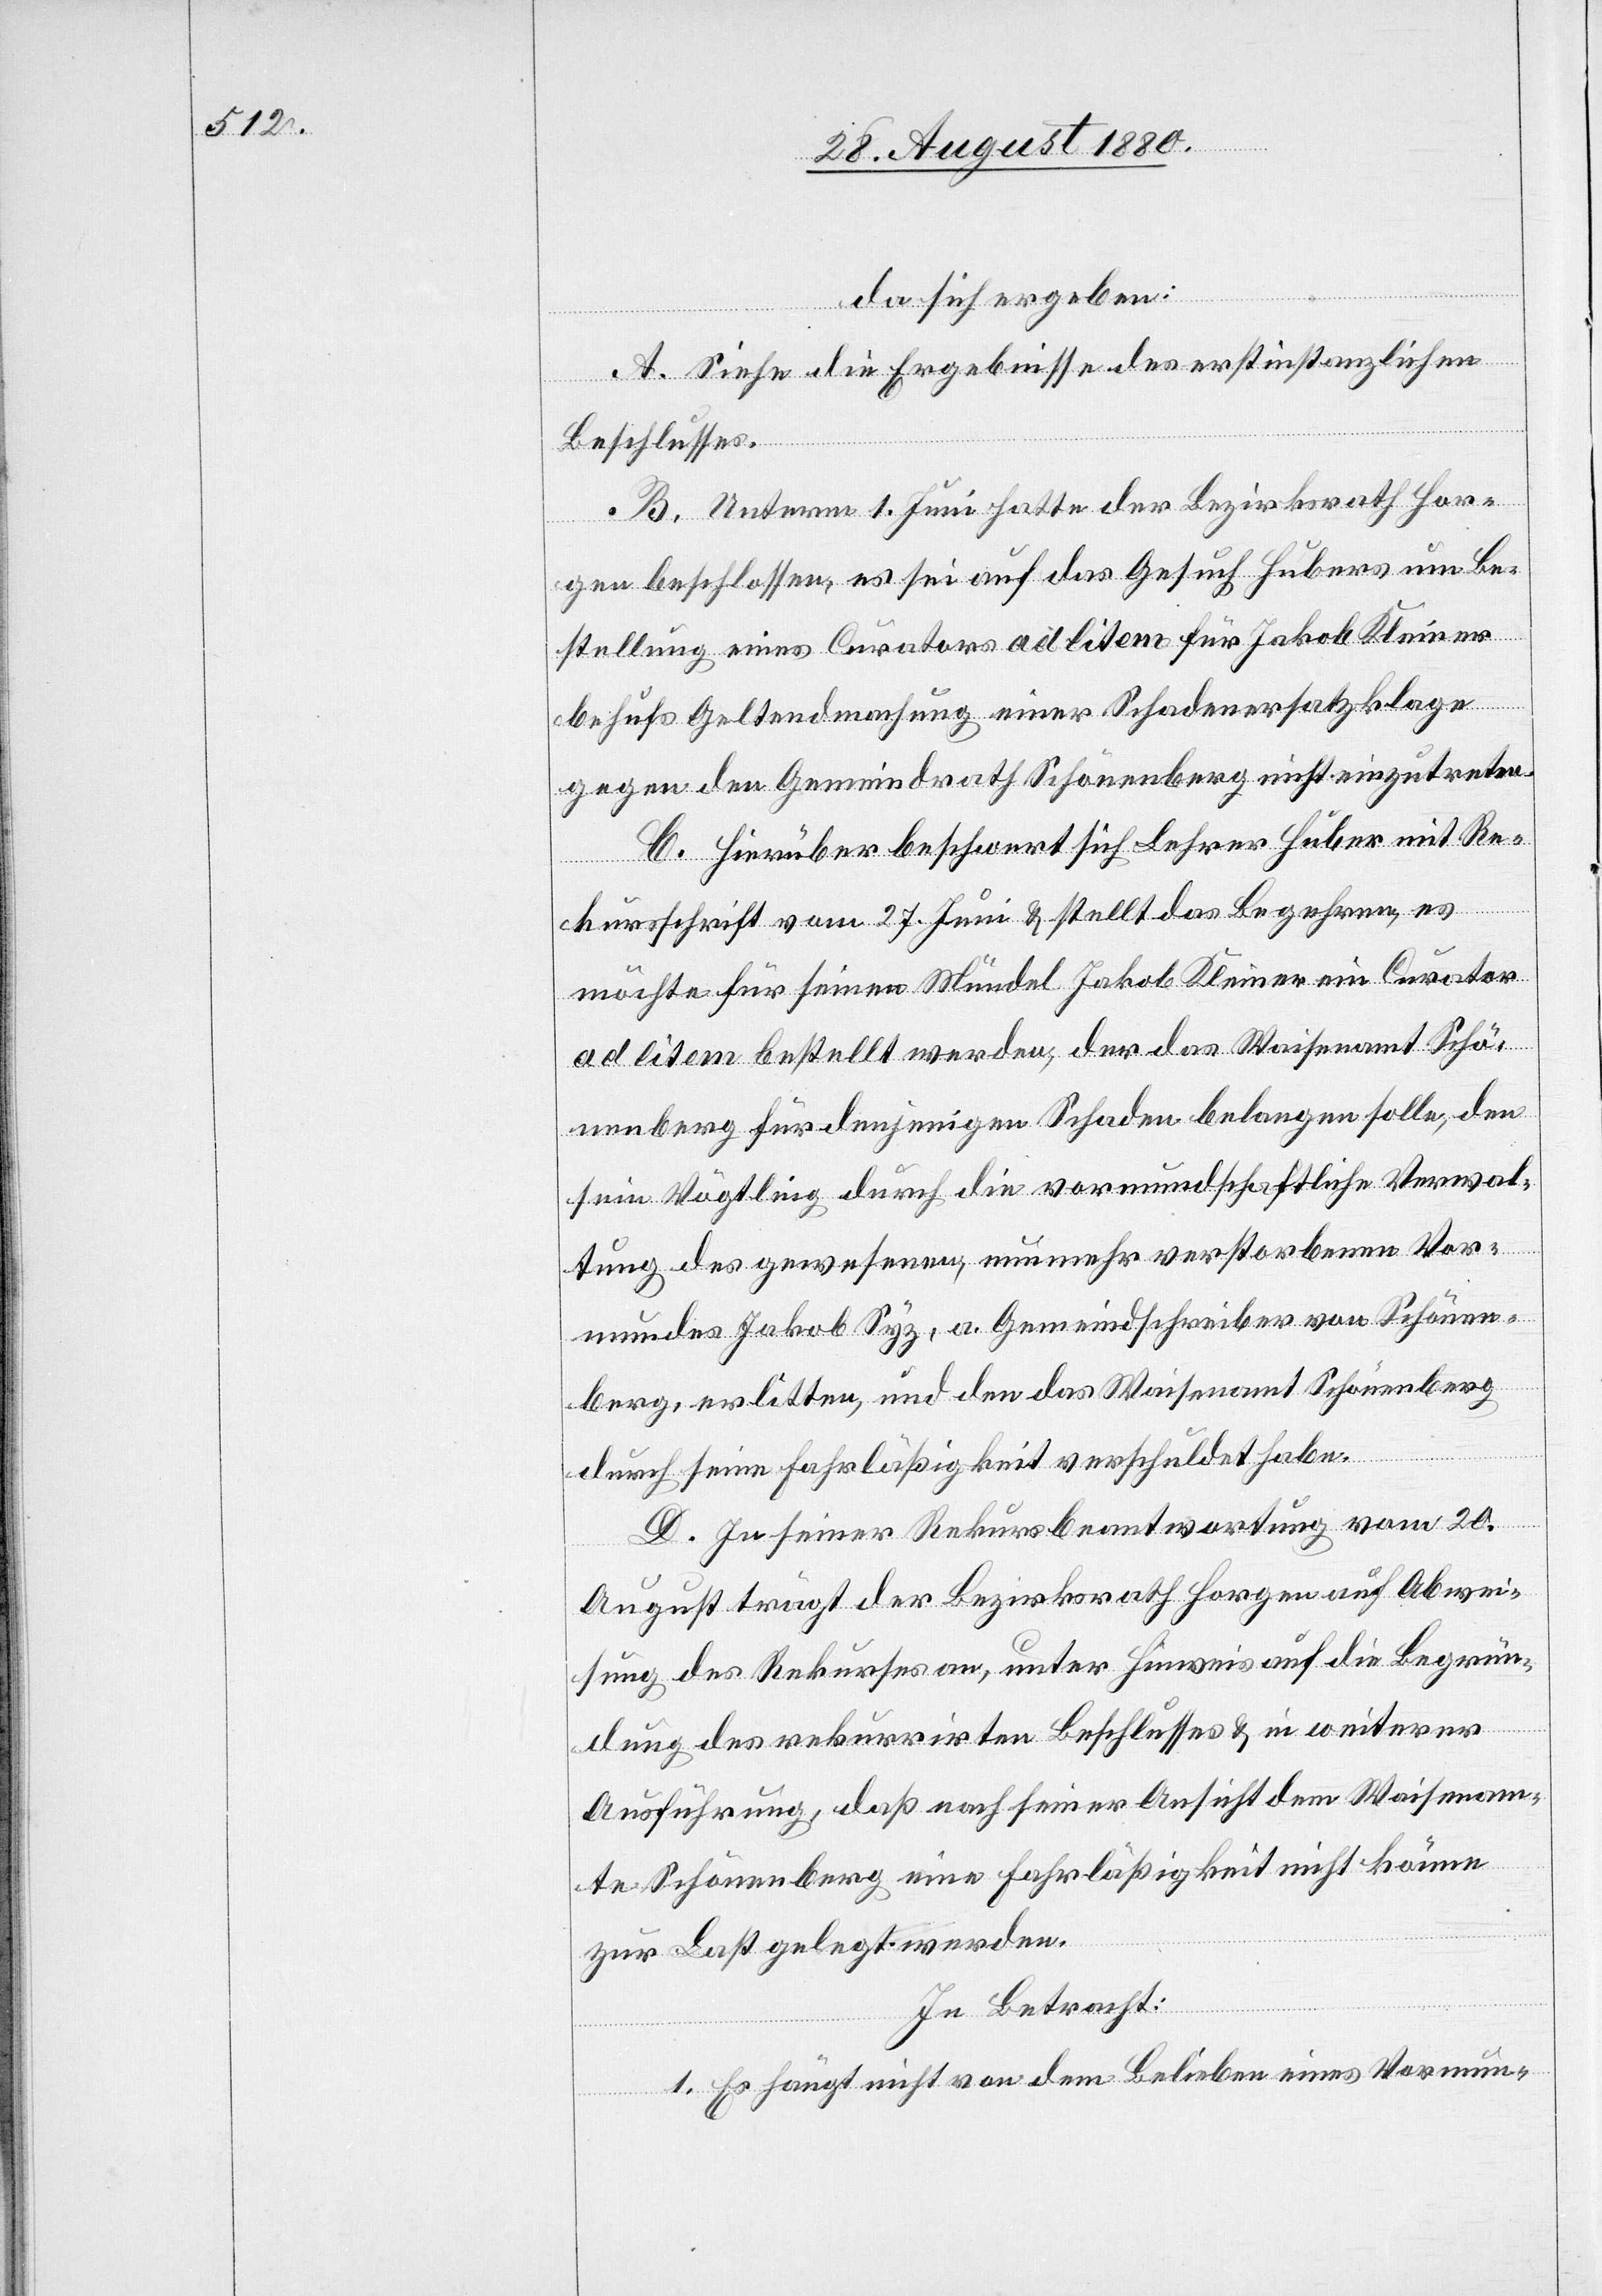
da sich ergeben:
A. Siehe die Ergebnisse des erstinstanzlichen
Beschlusses.
B. Unterm 1. Juni hatte der Bezirksrath Hor¬
gen beschlossen, es sei auf das Gesuch Hubers um Be¬
stellung eines Curators ad litem für Jakob Kleiner
behufs Geltendmachung einer Schadenersatzklage
gegen den Gemeindrath Schönenberg nicht einzutreten.
C. Hierüber beschwert sich Lehrer Huber mit Re¬
kursschrift vom 27. Juni & stellt das Begehren, es
möchte für seinen Mündel Jakob Kleiner ein Curator
ad litem bestellt werden, der das Waisenamt Schö¬
nenberg für denjenigen Schaden belangen solle, den
sein Vögtling durch die vormundschaftliche Verwal¬
tung des gewesenen, nunmehr verstorbenen Vor¬
mundes Jakob Syz, a. Gemeindeschreiber von Schönen¬
berg, erlitten, und den das Waisenamt Schönenberg
durch seine Fahrlässigkeit verschuldet habe.
D. Zu seiner Rekursbeantwortung vom 20.
August trägt der Bezirksrath Horgen auf Abwei¬
sung des Rekurses an, unter Hinweis auf die Begrün¬
dung des rekurrirten Beschlusses & in weiterer
Ausführung, daß nach seiner Ansicht dem Waisenam¬
te Schönenberg eine Fahrläßigkeit nicht könne
zur Last gelegt werden.
In Betracht:
1. Es hängt nicht von dem Belieben eines Vormun-